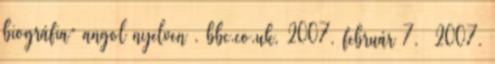
biográfia” angol nyelven . bbc.co.uk, 2007. február 7. 2007.